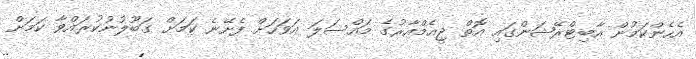
އެހެންކަމުން އާބިޓްރޭޝަންގައި އޮތް ޖީއެމްއާރުގެ މައްސަލަ އަވަހަށް ފެށޭނެ ކަމަށް ގަބޫލުނުކުރައްވާ ކަމަށް